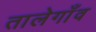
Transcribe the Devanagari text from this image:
तालेगाँव